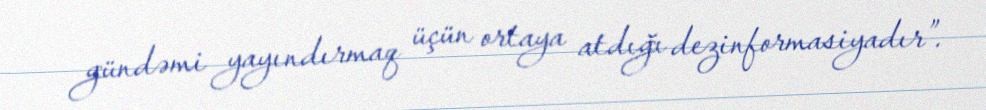
gündəmi yayındırmaq üçün ortaya atdığı dezinformasiyadır”.